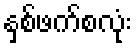
နှစ်ဖက်စလုံး